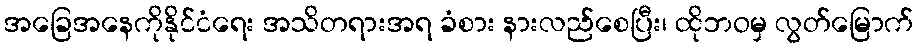
အခြေအနေကိုနိုင်ငံရေး အသိတရားအရ ခံစား နားလည်စေပြီး၊ ထိုဘဝမှ လွတ်မြောက်